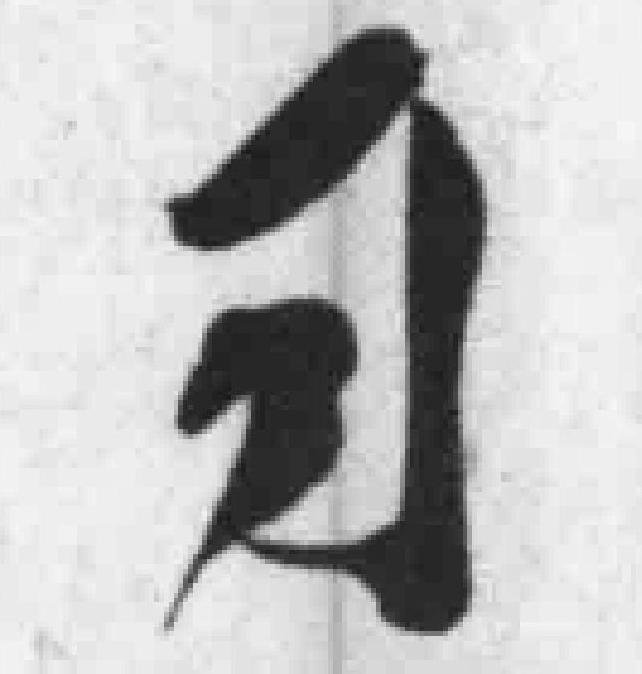
司